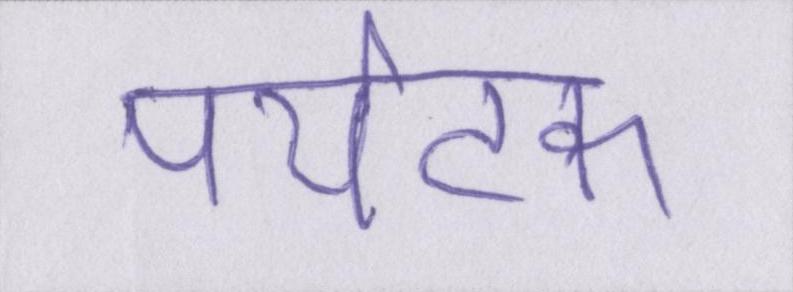
पर्यटक